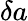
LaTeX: \delta a